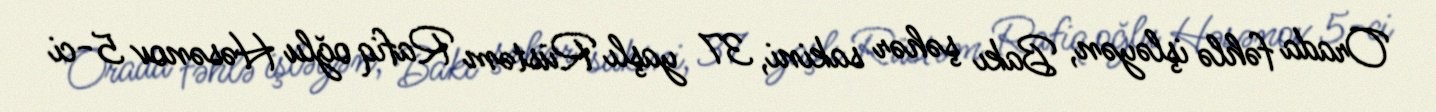
Orada fəhlə işləyən, Bakı şəhər sakini, 37 yaşlı Rüstəm Rafiq oğlu Həsənov 5-ci